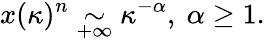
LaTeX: x(\kappa)^{n}\underset{+\infty}{\sim}\kappa^{-\alpha},~\alpha\geq 1.